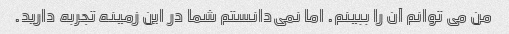
من می توانم آن را ببینم. اما نمی‌دانستم شما در این زمینه تجربه دارید.